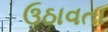
ઉઠાવતા